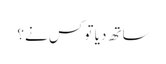
ساتھ دیا تو کس نے؟